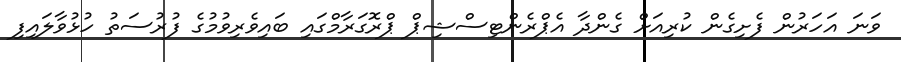
ވަނަ އަހަރުން ފެށިގެން ކުރިއަށް ގެންދާ އެޕްރެންޓިސްޝިޕް ޕްރޮގަރާމްގައި ބައިވެރިވުމުގެ ފުރުސަތު ހުޅުވާލައިފި